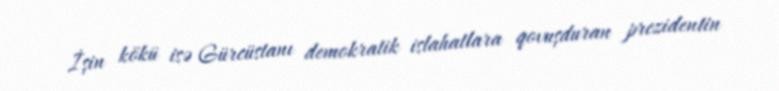
İşin kökü isə Gürcüstanı demokratik islahatlara qovuşduran prezidentin